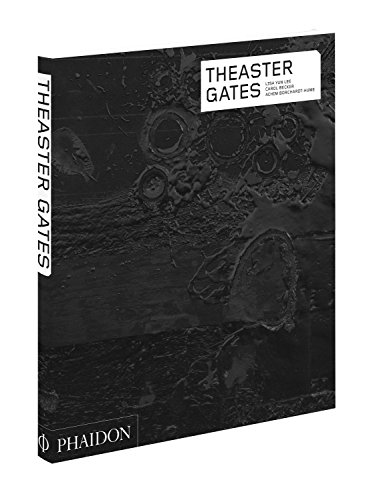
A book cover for Theaster Gates (Contemporary Artists); Carol Becker; Arts & Photography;